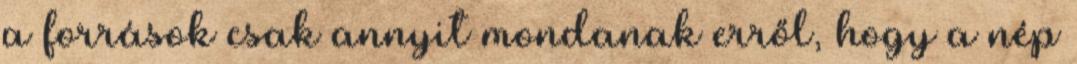
a források csak annyit mondanak erről, hogy a nép